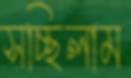
সচ্ছিলাম